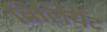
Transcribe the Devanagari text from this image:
ब्रिलियैंट